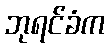
ဘုရင်ခံက